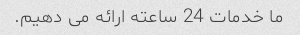
ما خدمات 24 ساعته ارائه می دهیم.